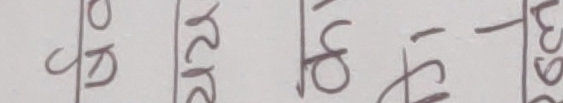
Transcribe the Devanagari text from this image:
रु २२ अ५५ १६२/-